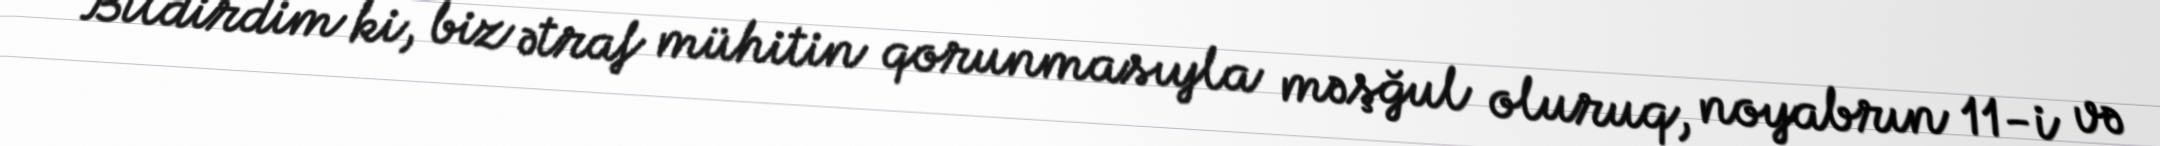
Bildirdim ki, biz ətraf mühitin qorunmasıyla məşğul oluruq, noyabrın 11-i və